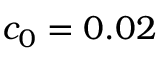
c _ { 0 } = 0 . 0 2